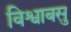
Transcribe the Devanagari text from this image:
विश्वाबसु